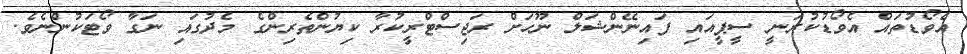
އެވޯޑުތައް އެވޯޑުކުރަނީ ސީޕީއައި ފައިނޭންޝަލް ނޫހަށް ރަޖިސްޓްރީކުރާ ކިޔުންތެރިންގެ މެދުގައި ނަގާ ވޯޓަކުންނެވެ.